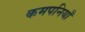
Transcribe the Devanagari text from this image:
कमपनियाँ